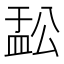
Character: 𬐟